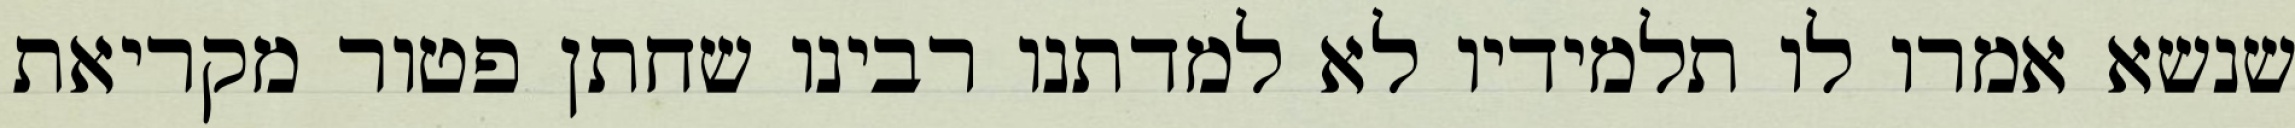
שנשא אמרו לו תלמידיו לא למדתנו רבינו שחתן פטור מקריאת